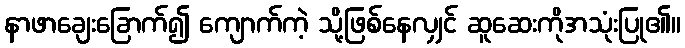
နာဖာချေးခြောက်၍ ကျောက်ကဲ့ သို့ဖြစ်နေလျှင် ဆူဆေးကိုအသုံးပြု၏။